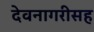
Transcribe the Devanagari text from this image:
देवनागरीसह